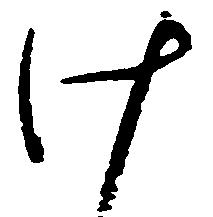
け